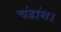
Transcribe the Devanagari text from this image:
चंडांश।